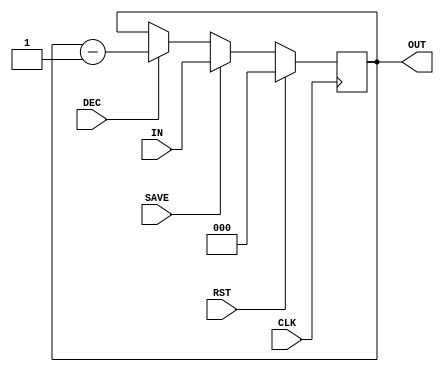
`timescale 1ns / 1ps
module JUICE_NUM_REG(CLK, IN, SAVE, DEC, RST, OUT
    );

input CLK;
input [0:2] IN;
input SAVE, DEC, RST;
output reg [0:2] OUT;

always @(posedge CLK) begin
	if(RST) 			OUT <= 0;
	else if(SAVE)	OUT <= IN;
	else if(DEC)	OUT <= OUT - 1;
end

endmodule